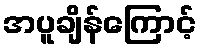
အပူချိန်ကြောင့်